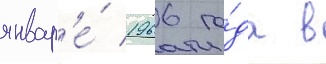
январ'е́ 1966 го́да в